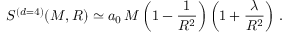
S ^ { ( d = 4 ) } ( M , R ) \simeq a _ { 0 } \, M \left( 1 - \frac { 1 } { R ^ { 2 } } \right) \left( 1 + \frac { \lambda } { R ^ { 2 } } \right) \, .